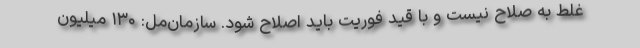
غلط به صلاح نیست و‌ با قید فوریت باید اصلاح شود. سازمان‌مل: ۱۳۰ میلیون